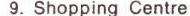
9. Shopping Centre